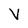
Character: V